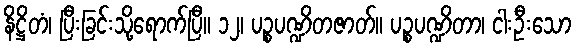
နိဋ္ဌိတံ၊ ပြီးခြင်းသို့ရောက်ပြီ။ ၁၂၊ ပဉ္စပဏ္ဍိတဇာတ်။ ပဉ္စပဏ္ဍိတာ၊ ငါးဦးသော